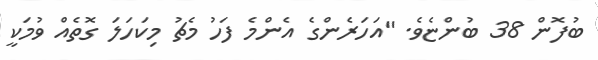
ބުފޮން 38 ބުންޏެވެ. "އަހަރެންގެ އެންމެ ފަހު މެޗު މިކަހަލަ ގޮތެއް ވުމަކީ